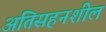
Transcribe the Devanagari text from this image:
अतिसहनशील